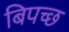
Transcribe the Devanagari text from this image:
बिपच्छ